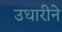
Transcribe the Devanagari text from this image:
उधारीने